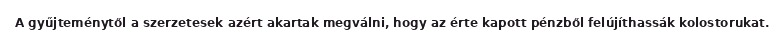
A gyűjteménytől a szerzetesek azért akartak megválni, hogy az érte kapott pénzből felújíthassák kolostorukat.